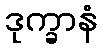
ဒုက္ခာနံ